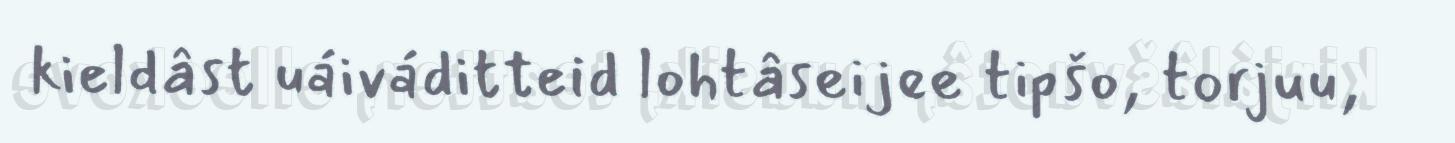
kieldâst uáiváditteid lohtâseijee tipšo, torjuu,